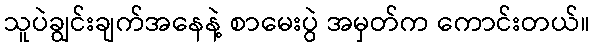
သူပဲချွင်းချက်အနေနဲ့ စာမေးပွဲ အမှတ်က ကောင်းတယ်။